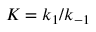
K = k _ { 1 } / k _ { - 1 }